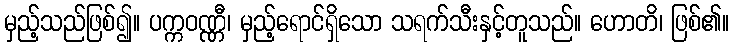
မှည့်သည်ဖြစ်၍။ ပက္ကဝဏ္ဏီ၊ မှည့်ရောင်ရှိသော သရက်သီးနှင့်တူသည်။ ဟောတိ၊ ဖြစ်၏။